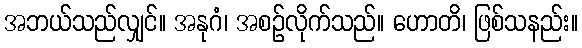
အဘယ်သည်လျှင်။ အနုဂံ၊ အစဉ်လိုက်သည်။ ဟောတိ၊ ဖြစ်သနည်း။